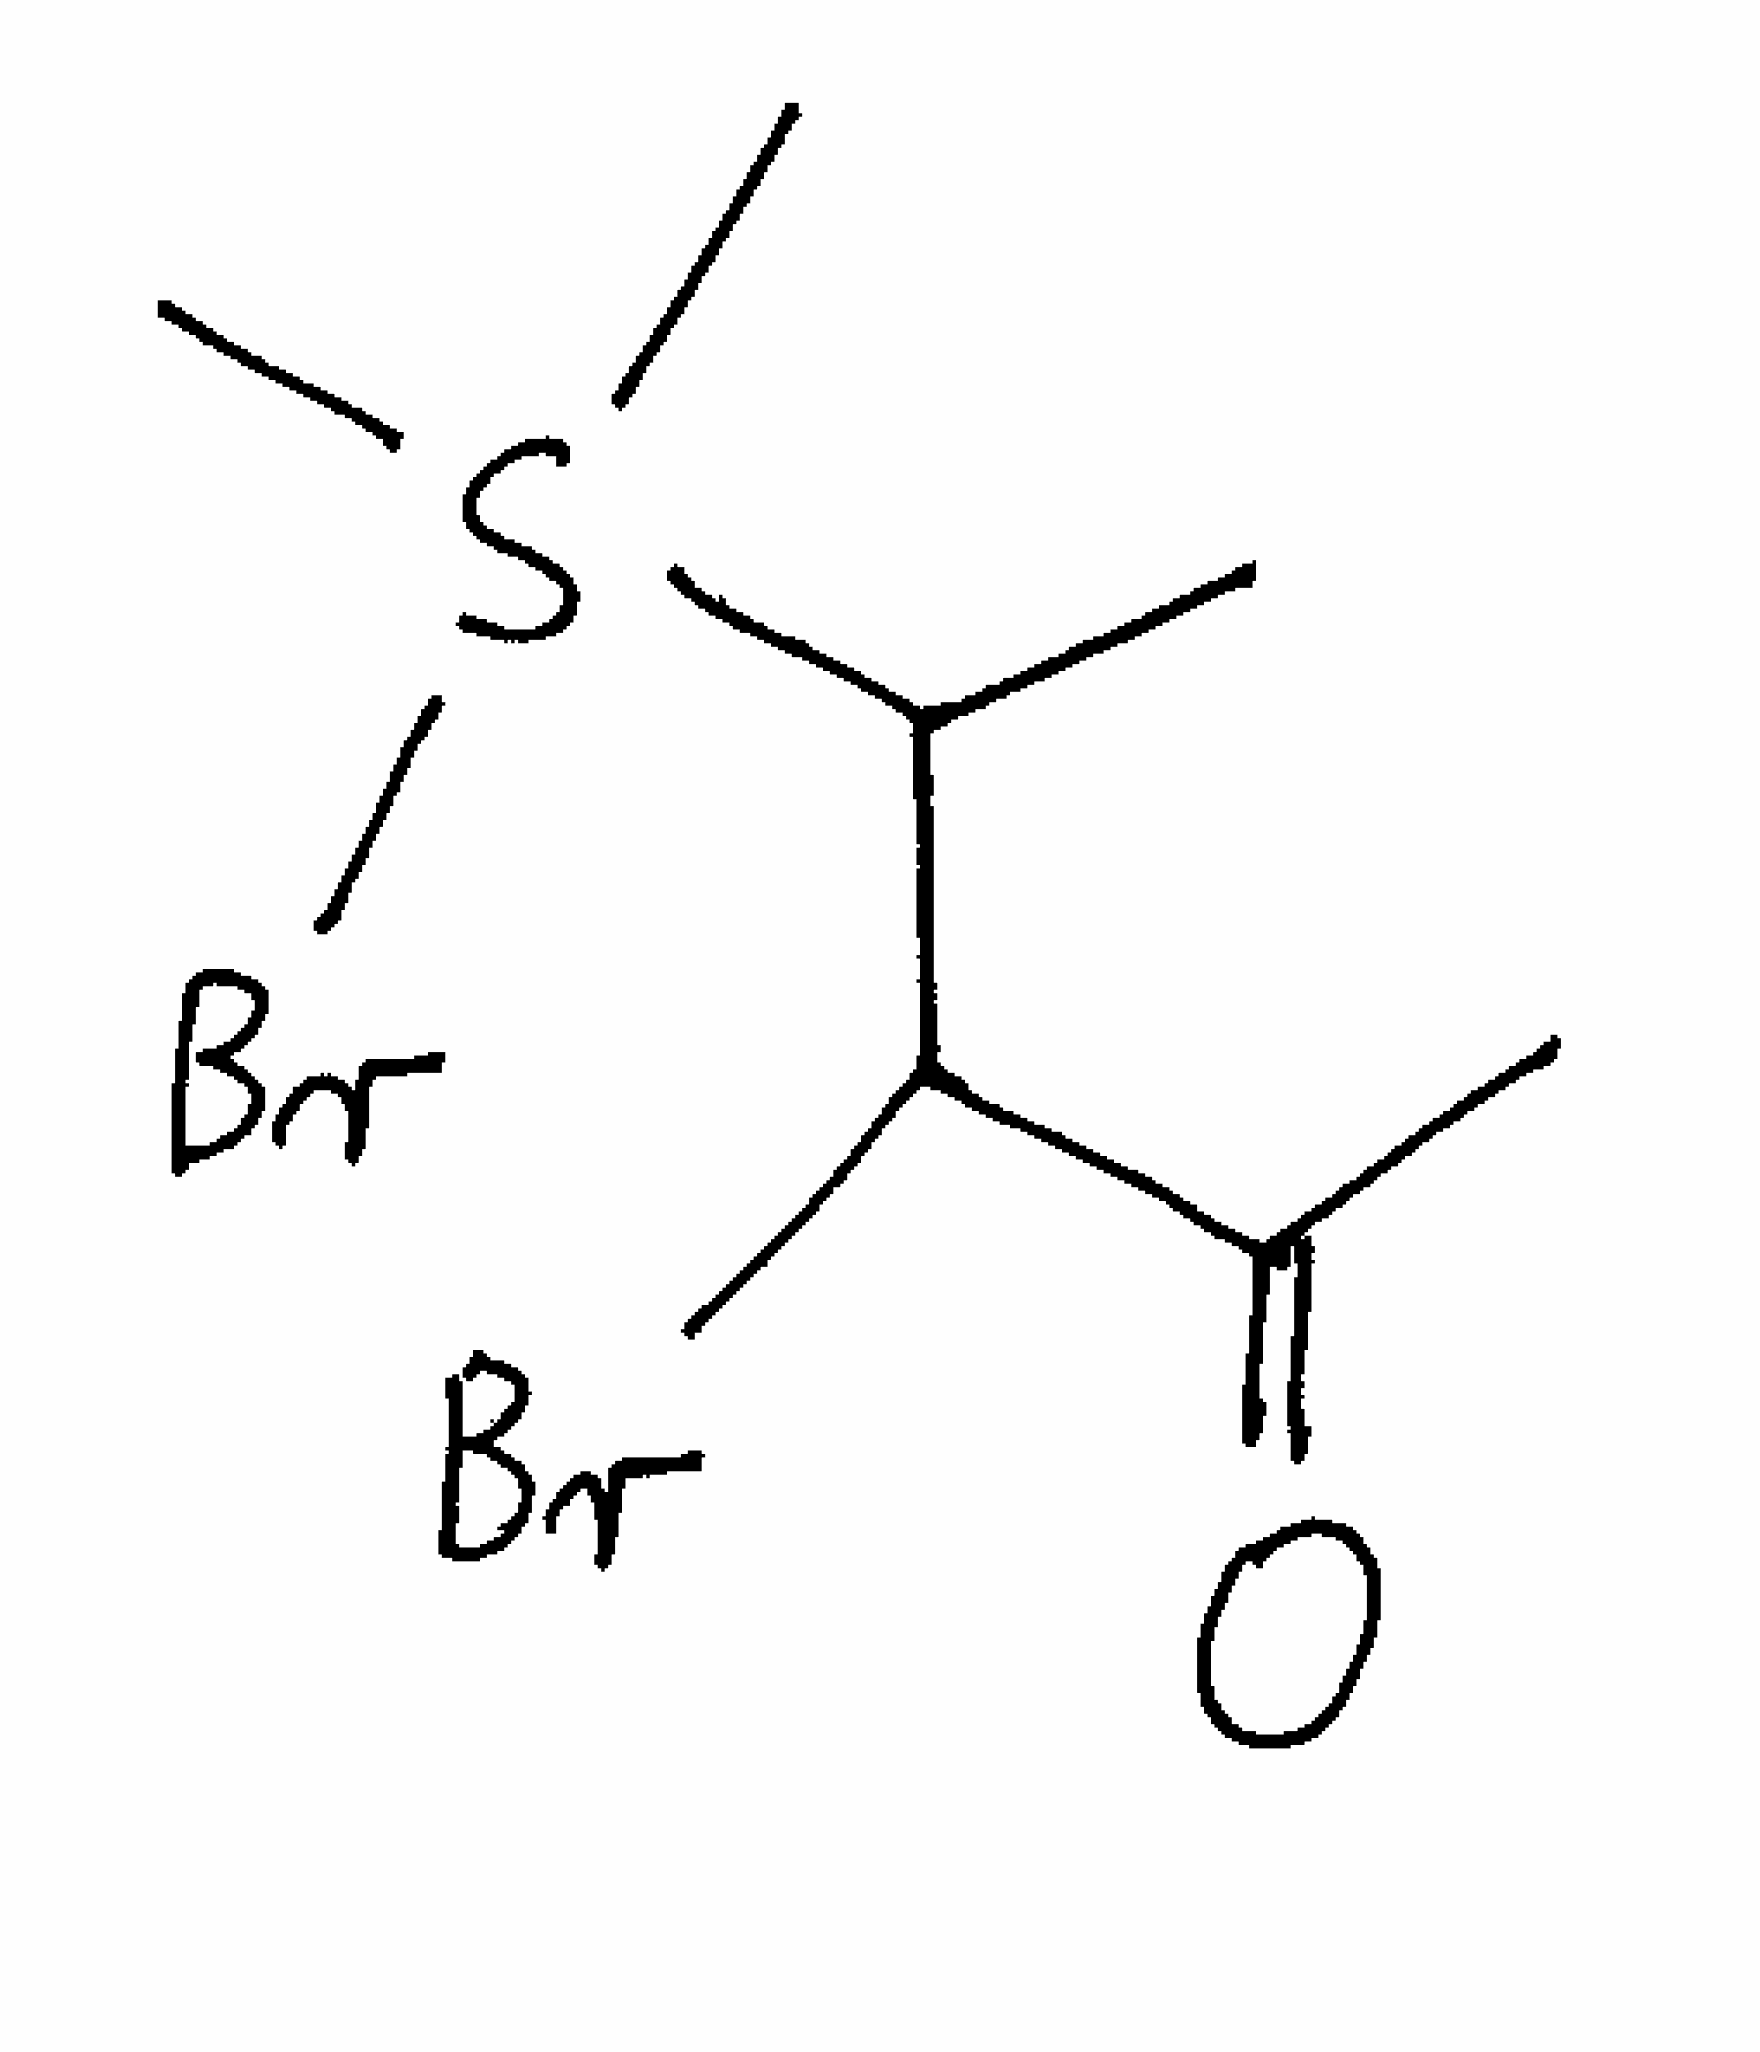
Simplified molecular-input line-entry system (SMILES) notation of the given molecule:
CC(C(C(=O)C)Br)S(C)(C)Br